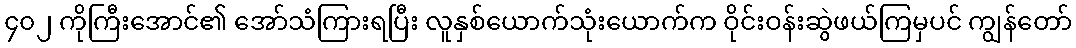
၄၀၂ ကိုကြီးအောင်၏ အော်သံကြားရပြီး လူနှစ်ယောက်သုံးယောက်က ဝိုင်းဝန်းဆွဲဖယ်ကြမှပင် ကျွန်တော်